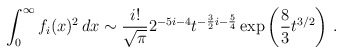
\begin{align*}\int_0^\infty f_i(x)^2\, dx \sim {i!\over\sqrt\pi} 2^{-5i-4}t^{-{3\over 2}i-{5\over 4}} \exp\left({8\over 3}t^{3/2}\right)\, .\end{align*}